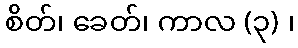
စိတ်၊ ခေတ်၊ ကာလ (၃) ၊